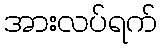
အားလပ်ရက်